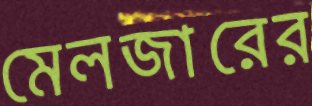
মেলজারের